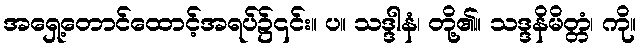
အရှေ့တောင်ထောင့်အရပ်၌၎င်း။ ပ။ သဒ္ဒါနံ၊ တို့၏။ သဒ္ဒနိမိတ္တံ၊ ကို။